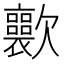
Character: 𣤽